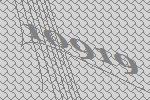
10919